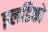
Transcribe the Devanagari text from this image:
इलडिको